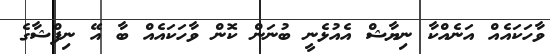
ވާހަކައެއް އަނެއްކާ ނިޔާޝް އެއުޅެނީ ބުނަން ކޮން ވާހަކައެއް ބާ އޭ ނިފްޝާގެ